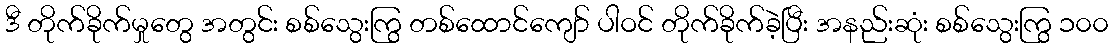
ဒီ တိုက်ခိုက်မှုတွေ အတွင်း စစ်သွေးကြွ တစ်ထောင်ကျော် ပါဝင် တိုက်ခိုက်ခဲ့ပြီး အနည်းဆုံး စစ်သွေးကြွ ၁၀၀